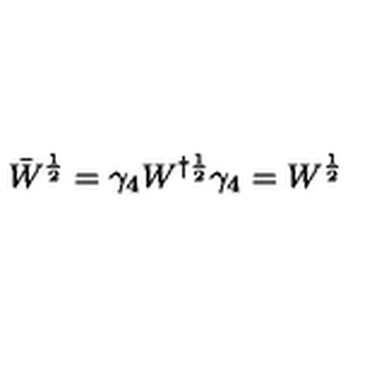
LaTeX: \bar { W } ^ { \frac { 1 } { 2 } } = \gamma _ { 4 } W ^ { \dag \frac { 1 } { 2 } } \gamma _ { 4 } = W ^ { \frac { 1 } { 2 } }